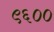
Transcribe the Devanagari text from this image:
९६००